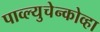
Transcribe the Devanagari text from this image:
पाव्ल्युचेन्कोव्हा